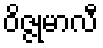
ဝိဇ္ဇုမာလီ